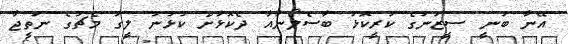
އޭނާ ބުނީ ސީޒަނުގެ ކުރީކޮޅު ބާސެލޯނާއާ ދެކޮޅަށް ކުޅުނު ލީގު މެޗުގެ ނަތީޖާ